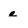
Character: e